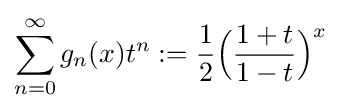
\displaystyle \sum _{n=0}^{\infty }g_{n}(x)t^{n}:={\frac {1}{2}}{\Bigl (}{\frac {1+t}{1-t}}{\Bigr )}^{x}